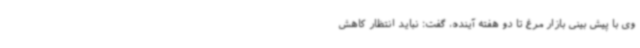
وی با پیش بینی بازار مرغ تا دو هفته آینده، گفت: نباید انتظار کاهش